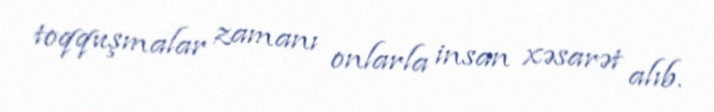
toqquşmalar zamanı onlarla insan xəsarət alıb.